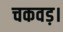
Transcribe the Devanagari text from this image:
चकवड़।